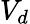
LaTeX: V_{d}